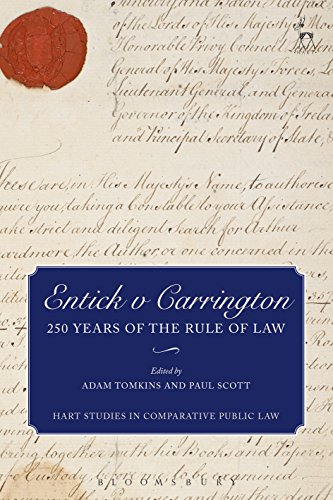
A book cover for Entick v Carrington: 250 Years of the Rule of Law (Hart Studies in Comparative Public Law); Law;